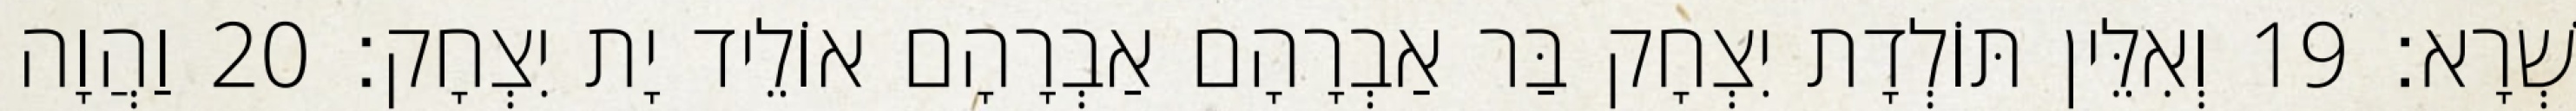
שְׁרָא׃ 19 וְאִלֵּין תּוֹלְדָת יִצְחָק בַּר אַבְרָהָם אַבְרָהָם אוֹלֵיד יָת יִצְחָק׃ 20 וַהֲוָה